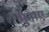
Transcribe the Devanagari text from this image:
भुनाए